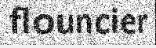
flouncier